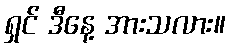
ရှင် ဒီနေ့ အားသလား။